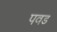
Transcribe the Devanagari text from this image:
पवड